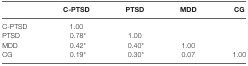
<table><thead><tr><td></td><td><b>C-PTSD</b></td><td><b>PTSD</b></td><td><b>MDD</b></td><td><b>CG</b></td></tr></thead><tbody><tr><td>C-PTSD</td><td>1.00</td><td></td><td></td><td></td></tr><tr><td>PTSD</td><td>0.78*</td><td>1.00</td><td></td><td></td></tr><tr><td>MDD</td><td>0.42*</td><td>0.40*</td><td>1.00</td><td></td></tr><tr><td>CG</td><td>0.19*</td><td>0.30*</td><td>0.07</td><td>1.00</td></tr></tbody></table>